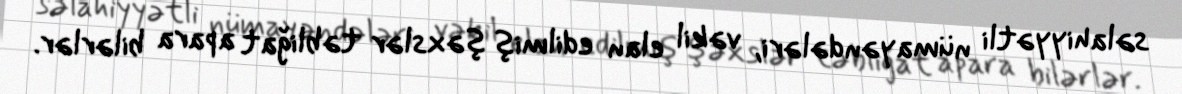
səlahiyyətli nümayəndələri, vəkil elan edilmiş şəxslər təbliğat apara bilərlər.